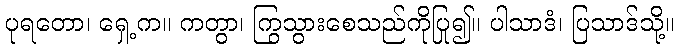
ပုရတော၊ ရှေ့က။ ကတွာ၊ ကြွသွားစေသည်ကိုပြု၍။ ပါသာဒံ၊ ပြသာဒ်သို့။